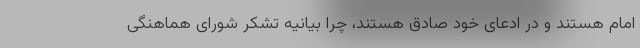
امام هستند و در ادعای خود صادق هستند، چرا بیانیه تشکر شورای هماهنگی